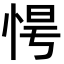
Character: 𢚹